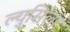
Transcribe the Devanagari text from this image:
ल्युसिला